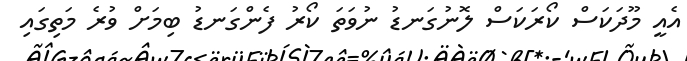
އެއީ މޫދަކަސް ކޯރަކަސް ލޮނުގަނޑު ނުވަތަ ކޯރު ފެންގަނޑު ބިމަށް ވުރެ މަތިގައި